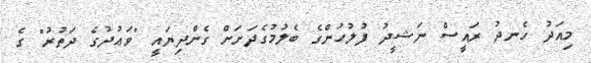
މިއަދު ހެނދު ރައީސް ނަޝީދު ފުލުހުންގެ ބެލުމުގެދަށަށް ގެންދިޔައީ "ވަޢުދުގެ ދަތުރު" ގެ